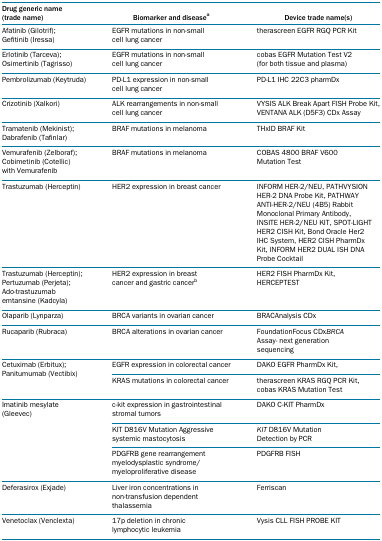
<table><thead><tr><td><b>Drug generic name (trade name)</b></td><td><b>Biomarker and diseasea</b></td><td><b>Device trade name(s)</b></td></tr></thead><tbody><tr><td>Afatinib (Gilotrif); Gefitinib (Iressa)</td><td>EGFR mutations in non‐small cell lung cancer</td><td>therascreen EGFR RGQ PCR Kit</td></tr><tr><td>Erlotinib (Tarceva); Osimertinib (Tagrisso)</td><td>EGFR mutations in non‐small cell lung cancer</td><td>cobas EGFR Mutation Test V2 (for both tissue and plasma)</td></tr><tr><td>Pembrolizumab (Keytruda)</td><td>PD‐L1 expression in non‐small cell lung cancer</td><td>PD‐L1 IHC 22C3 pharmDx</td></tr><tr><td>Crizotinib (Xalkori)</td><td>ALK rearrangements in non‐small cell lung cancer</td><td>VYSIS ALK Break Apart FISH Probe Kit, VENTANA ALK (D5F3) CDx Assay</td></tr><tr><td>Tramatenib (Mekinist); Dabrafenib (Tafinlar)</td><td>BRAF mutations in melanoma</td><td>THxID BRAF Kit</td></tr><tr><td>Vemurafenib (Zelboraf); Cobimetinib (Cotellic) with Vemurafenib</td><td>BRAF mutations in melanoma</td><td>COBAS 4800 BRAF V600 Mutation Test</td></tr><tr><td>Trastuzumab (Herceptin)</td><td>HER2 expression in breast cancer</td><td>INFORM HER‐2/NEU, PATHVYSION HER‐2 DNA Probe Kit, PATHWAY ANTI‐HER‐2/NEU (4B5) Rabbit Monoclonal Primary Antibody, INSITE HER‐2/NEU KIT, SPOT‐LIGHT HER2 CISH Kit, Bond Oracle Her2 IHC System, HER2 CISH PharmDx Kit, INFORM HER2 DUAL ISH DNA Probe Cocktail</td></tr><tr><td>Trastuzumab (Herceptin); Pertuzumab (Perjeta); Ado‐trastuzumab emtansine (Kadcyla)</td><td>HER2 expression in breast cancer and gastric cancerb</td><td>HER2 FISH PharmDx Kit, HERCEPTEST</td></tr><tr><td>Olaparib (Lynparza)</td><td>BRCA variants in ovarian cancer</td><td>BRACAnalysis CDx</td></tr><tr><td>Rucaparib (Rubraca)</td><td>BRCA alterations in ovarian cancer</td><td>FoundationFocus CDx<i>BRCA</i> Assay‐ next generation sequencing</td></tr><tr><td rowspan="2">Cetuximab (Erbitux); Panitumumab (Vectibix)</td><td>EGFR expression in colorectal cancer</td><td>DAKO EGFR PharmDx Kit,</td></tr><tr><td>KRAS mutations in colorectal cancer</td><td>therascreen KRAS RGQ PCR Kit, cobas KRAS Mutation Test</td></tr><tr><td rowspan="3">Imatinib mesylate (Gleevec)</td><td>c‐kit expression in gastrointestinal stromal tumors</td><td>DAKO C‐KIT PharmDx</td></tr><tr><td>KIT D816V Mutation Aggressive systemic mastocytosis</td><td><i>KIT</i> D816V Mutation Detection by PCR</td></tr><tr><td>PDGFRB gene rearrangement myelodysplastic syndrome/ myeloproliferative disease</td><td>PDGFRB FISH</td></tr><tr><td>Deferasirox (Exjade)</td><td>Liver iron concentrations in non‐transfusion dependent thalassemia</td><td>Ferriscan</td></tr><tr><td>Venetoclax (Venclexta)</td><td>17p deletion in chronic lymphocytic leukemia</td><td>Vysis CLL FISH PROBE KIT</td></tr></tbody></table>